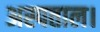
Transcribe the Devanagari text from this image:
अस्पताल।